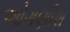
ઓગણીશ